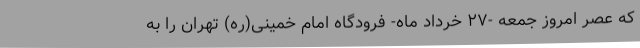
که عصر امروز جمعه -۲۷ خرداد ماه- فرودگاه امام خمینی(ره) تهران را به